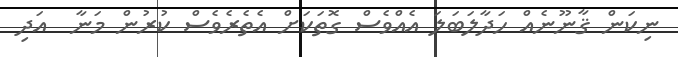
ނިކަން ޤާނޫނެއް ހަދާލަބަލަ އެއްވެސް ގޮތަކަށް އެތެރެވެސް ކުރުން މަނާ  އަދި